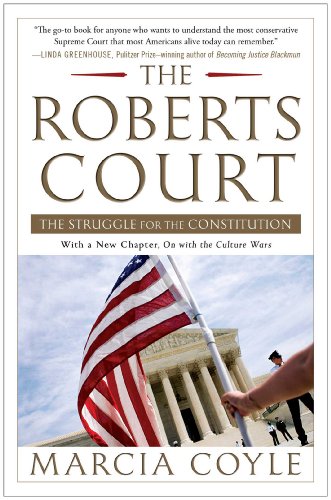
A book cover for The Roberts Court: The Struggle for the Constitution; Marcia Coyle; Law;